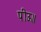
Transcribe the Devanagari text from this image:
पीऊ॥